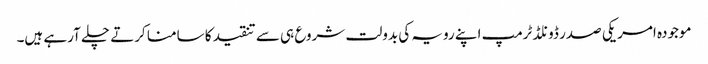
موجودہ امریکی صدر ڈونلڈ ٹرمپ اپنے رویہ کی بدولت شروع ہی سے تنقید کا سامنا کرتے چلے آرہے ہیں۔